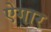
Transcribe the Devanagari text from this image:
ऐगार